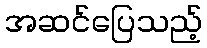
အဆင်ပြေသည့်